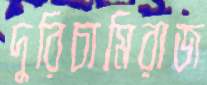
দুরিচামিরাজ